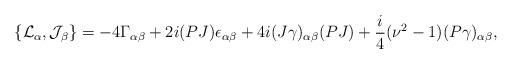
LaTeX: \begin{align*}\{{\cal L}_\alpha,{\cal J}_\beta\}=-4\Gamma_{\alpha\beta}+2i(PJ)\epsilon_{\alpha\beta}+4i(J\gamma)_{\alpha\beta}(PJ)+\frac{i}{4}(\nu^2-1)(P\gamma)_{\alpha\beta},\end{align*}